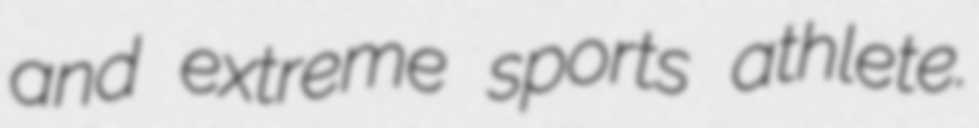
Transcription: and extreme sports athlete.